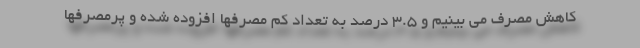
کاهش مصرف می بینیم و ۳.۵ درصد به تعداد کم مصرفها افزوده شده و پرمصرفها